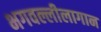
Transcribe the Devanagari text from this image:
भगवल्लीलागान